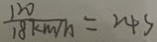
\frac { 1 2 0 } { 1 8 k m / h } = 2 4 s